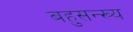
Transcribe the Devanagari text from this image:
बहुसन्ख्य